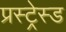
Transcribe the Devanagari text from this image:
प्रस्ट्रेस्ड